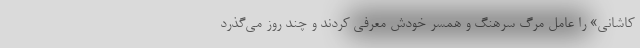
کاشانی» را عامل مرگ سرهنگ و همسر خودش معرفی کردند و چند روز می‌گذرد